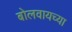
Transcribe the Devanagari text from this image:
बोलवायच्या